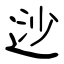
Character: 逤